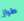
طراز